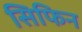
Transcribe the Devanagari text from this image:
सिफिन